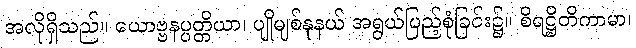
အလိုရှိသည်။ ယောဗ္ဗနပ္ပတ္တိယာ၊ ပျိုမျစ်နုနယ် အရွယ်ပြည့်စုံခြင်း၌။ စိရဋ္ဌိတိကာမာ၊